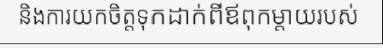
និងការយកចិត្តទុកដាក់ពីឪពុកម្តាយរបស់